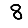
Digit: 8